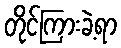
တိုင်ကြားခဲ့ရာ